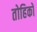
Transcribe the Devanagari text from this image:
तोहिको